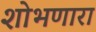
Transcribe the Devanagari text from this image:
शोभणारा